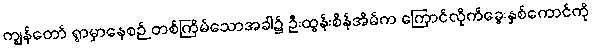
ကျွန်တော် ရွာမှာနေစဉ် တစ်ကြိမ်သောအခါ၌ ဦးထွန်းစိန်အိမ်က ကြောင်လိုက်ခွေးနှစ်ကောင်ကို